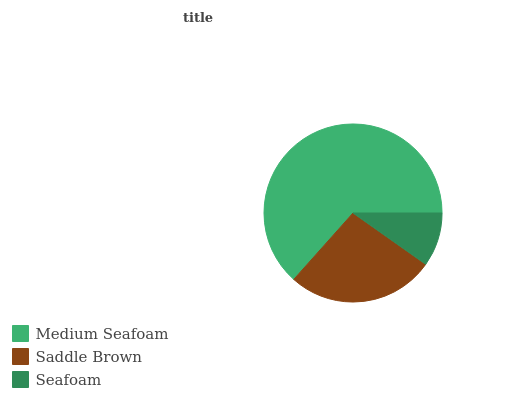
| Medium Seafoam | Saddle Brown | Seafoam |
 | --- | --- | --- |
 | 63.4% | 26.8% | 9.79% |